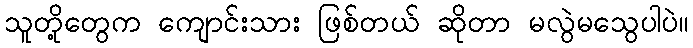
သူတို့တွေက ကျောင်းသား ဖြစ်တယ် ဆိုတာ မလွဲမသွေပါပဲ။